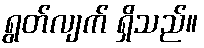
ရွတ်လျက် ရှိသည်။